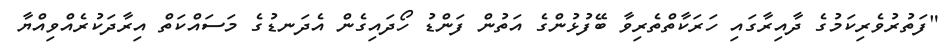
"ފަތުރުވެރިކަމުގެ ދާއިރާގައި ހަރަކާތްތެރިވާ ބޭފުޅުންގެ އަތުން ފަންޑު ހޯދައިގެން އެދަނޑުގެ މަސައްކަތް އިރާދަކުރެއްވިއްޔާ